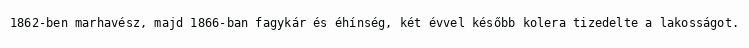
1862-ben marhavész, majd 1866-ban fagykár és éhínség, két évvel később kolera tizedelte a lakosságot.